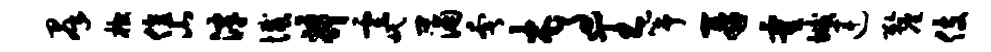
群棺值山津憾井云氓蒲奢木过王筝再霍垢连厘伎